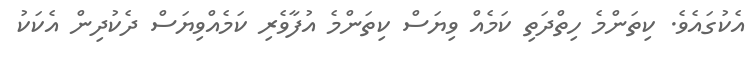
އެކުގައެވެ. ކިތަންމެ ހިތްދަތި ކަމެއް ވިޔަސް ކިތަންމެ އުފާވެރި ކަމެއްވިޔަސް ދެކުދިން އެކަކު